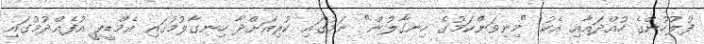
ފުލުހުންގެ ހުއްދައާއި އެކު "މިނިވަންކަމުގެ ހިނގާލުން" ނަމުގައި ކުރިއަށްދާ ހިނގާލުމުގައި އެމްޑީޕީ އުފެއްދުމުގައި